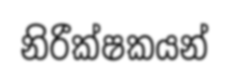
නිරීක්ෂකයන්